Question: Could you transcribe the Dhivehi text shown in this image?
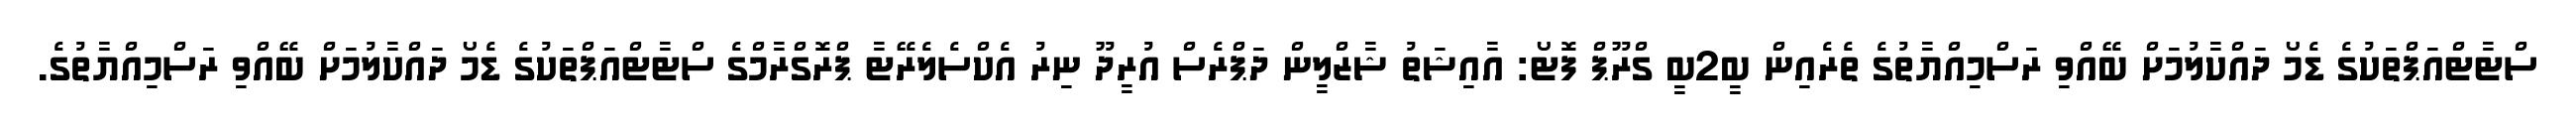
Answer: ސްޓާޓްއަޕްތަކުގެ ޑެމޯ ދައްކާލުމަށް ބޭއްވި ރަސްމިއްޔާތުގެ ތެރެއިން ބީ2ބީ ގްރޫޕް ފޮޓޯ: އާއިޝަތު ޝާޒްލީން ދަޕްރެސް އުރީދޫ ނިރު އެކްސެލެރޭޓާ ޕްރޮގްރާމްގެ ސްޓާޓްއަޕްތަކުގެ ޑެމޯ ދައްކާލުމަށް ބޭއްވި ރަސްމިއްޔާތުގެ.